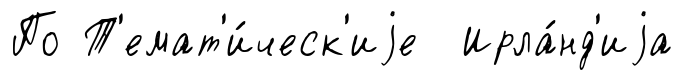
По Т'емат'и́ческ'иjе Ирла́нд'иjа